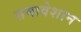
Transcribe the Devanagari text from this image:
समावेशान